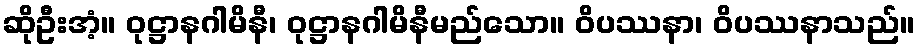
ဆိုဦးအံ့။ ဝုဋ္ဌာနဂါမိနီ၊ ဝုဋ္ဌာနဂါမိနီမည်သော။ ဝိပဿနာ၊ ဝိပဿနာသည်။